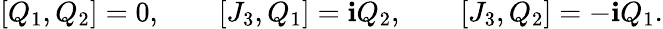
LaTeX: [Q_{1},Q_{2}]=0,\qquad[J_{3},Q_{1}]=\mathbf{i}Q_{2},\qquad[J_{3},Q_{2}]=-\mathbf{i}Q_{1}.